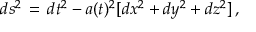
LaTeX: d s ^ { 2 } \, = \, d t ^ { 2 } - a ( t ) ^ { 2 } [ d x ^ { 2 } + d y ^ { 2 } + d z ^ { 2 } ] \, ,